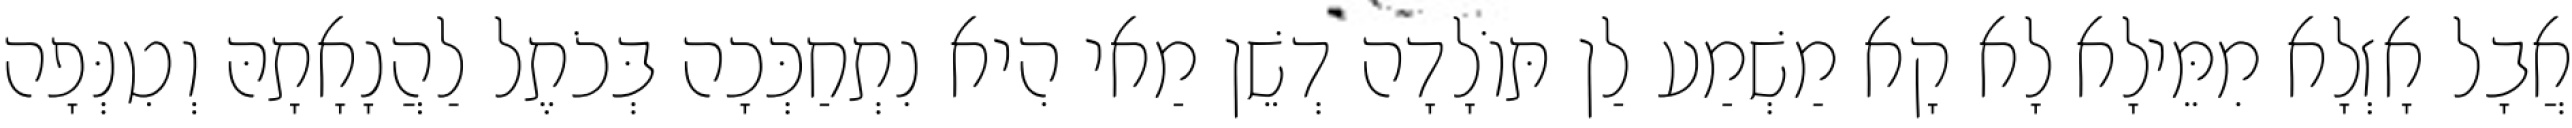
אֲבָל אָזְלָא מִמֵּילָא לָא קָא מַשְׁמַע לַן תּוֹלָדָה דְשֵׁן מַאי הִיא נִתְחַכְּכָה בְּכֹתֶל לַהֲנָאָתָהּ וְטִנְּפָה